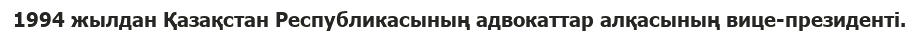
1994 жылдан Қазақстан Республикасының адвокаттар алқасының вице-президенті.